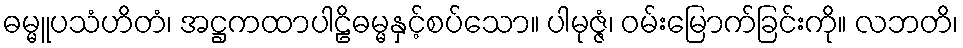
ဓမ္မူပသံဟိတံ၊ အဋ္ဌကထာပါဠိဓမ္မနှင့်စပ်သော။ ပါမုဇ္ဇံ၊ ဝမ်းမြောက်ခြင်းကို။ လဘတိ၊